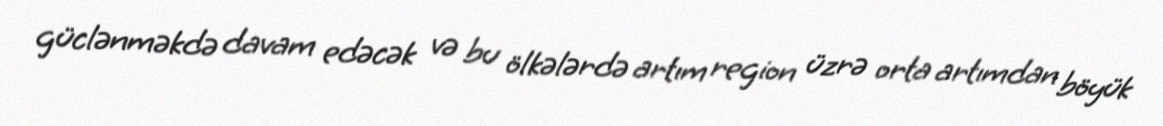
güclənməkdə davam edəcək və bu ölkələrdə artım region üzrə orta artımdan böyük